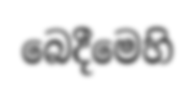
බෙදීමෙහි